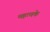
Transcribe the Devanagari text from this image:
महत्वके